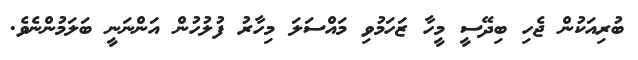
ބުރިއަކުން ޖެހި ބިދޭސީ މީހާ ޒަހަމުވި މައްސަލަ މިހާރު ފުލުހުން އަންނަނީ ބަލަމުންނެވެ.